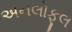
અનલોફૂલ